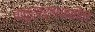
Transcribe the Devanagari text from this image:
चातुर्वर्ण्यातील